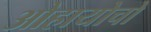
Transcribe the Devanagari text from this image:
ओहायोचो